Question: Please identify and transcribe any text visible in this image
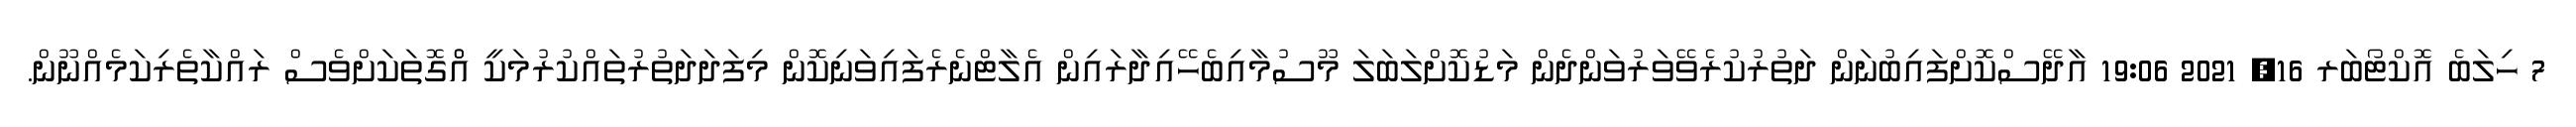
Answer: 7 ހިލަބެ އޮކްޓޯބަރ 16, 2021 19:06 އާދޭސްކޮށްފައިބުނަން ދަތުރުކުރެވޭވަރުވަންދެން މަޑުކޮށްލަބަލަ މޫސުމާއިބެހޭއިދާރައިން އެލާޓްނެރެފައިވަނިކޮން މިފަދަދަތުރުތައްކުރުމަކީ އެްްގޮތަކަށްވެސް ރައްކާތެރިކަމެއްނޫން.